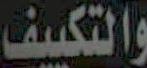
والتكييف